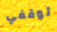
توقفي